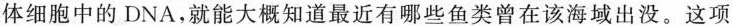
体细胞中的DNA，就能大概知道最近有哪些鱼类曾在该海域出没。这项